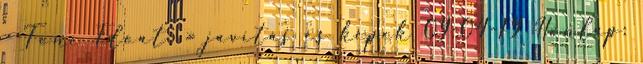
- Tone Float' » javítás és képek 09-04-19 Honlap: